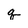
Character: q